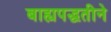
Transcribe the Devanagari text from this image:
बाह्यपद्धतीने